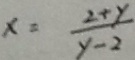
x = \frac { 2 + y } { y - 2 }